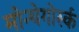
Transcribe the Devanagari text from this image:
मोन्चेगोर्स्क